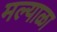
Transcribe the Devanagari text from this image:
मल्याळा